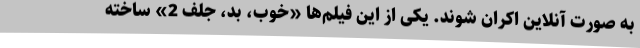
به صورت آنلاین اکران شوند. یکی از این فیلم‌ها «خوب، بد، جلف 2» ساخته